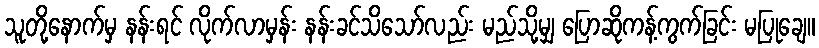
သူတို့နောက်မှ နန်းရင် လိုက်လာမှန်း နန်းခင်သိသော်လည်း မည်သို့မျှ ပြောဆိုကန့်ကွက်ခြင်း မပြုချေ။